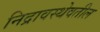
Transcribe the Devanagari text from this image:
निद्रावस्थेवतील